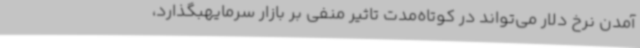
‌آمدن نرخ دلار می‌تواند در کوتاه‌مدت تاثیر منفی بر بازار سرمایهبگذارد،